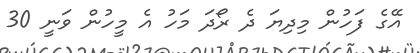
އޭގެ ފަހުން މިދިޔަ ދެ ރޯދަ މަހު އެ މީހުން ވަނީ 30